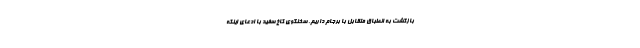
بازگشت به انطباق متقابل با برجام داریم. سخنگوی کاخ سفید با ادعای اینکه